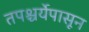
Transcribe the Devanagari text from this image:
तपश्चर्येपासून